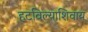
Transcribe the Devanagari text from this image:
हटविल्याशिवाय